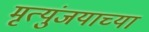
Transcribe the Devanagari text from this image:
मृत्युंजयाच्या